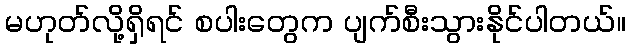
မဟုတ်လို့ရှိရင် စပါးတွေက ပျက်စီးသွားနိုင်ပါတယ်။